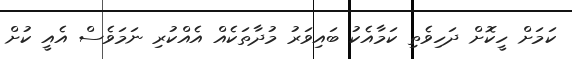
ކަމަށް ހީކޮށް ދަހިވެތި ކަމާއެކު ބައިވަރު މުދާތަކެއް އެއްކުރި ނަމަވެސް އެއީ ކުށް